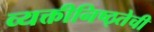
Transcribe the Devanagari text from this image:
व्यक्तीनिष्ठ्तेची